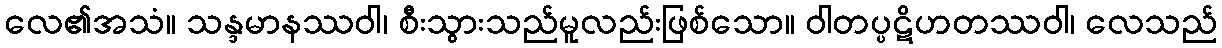
လေ၏အသံ။ သန္ဒမာနဿဝါ၊ စီးသွားသည်မူလည်းဖြစ်သော။ ဝါတပ္ပဋိဟတဿဝါ၊ လေသည်